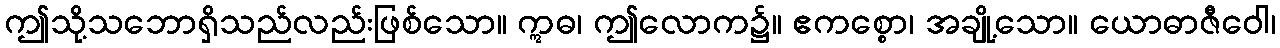
ဤသို့သဘောရှိသည်လည်းဖြစ်သော။ ဣဓ၊ ဤလောက၌။ ဧကစ္စော၊ အချို့သော။ ယောဓာဇီဝေါ၊